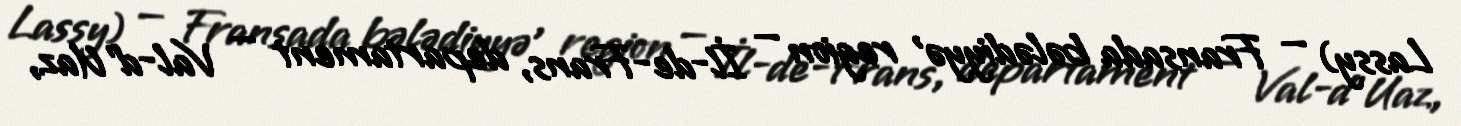
Lassy) — Fransada bələdiyyə , region — İl-de-Frans, departament — Val-d’Uaz,